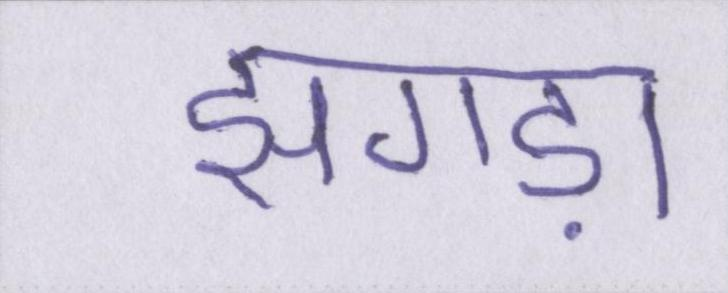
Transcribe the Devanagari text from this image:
झगड़ा